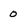
Character: 0